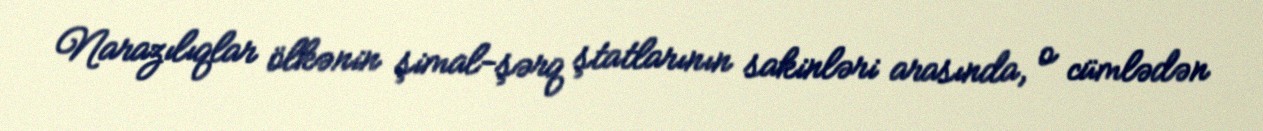
Narazılıqlar ölkənin şimal-şərq ştatlarının sakinləri arasında, o cümlədən